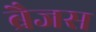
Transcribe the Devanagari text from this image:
ब्रैजस